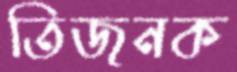
তিজনক